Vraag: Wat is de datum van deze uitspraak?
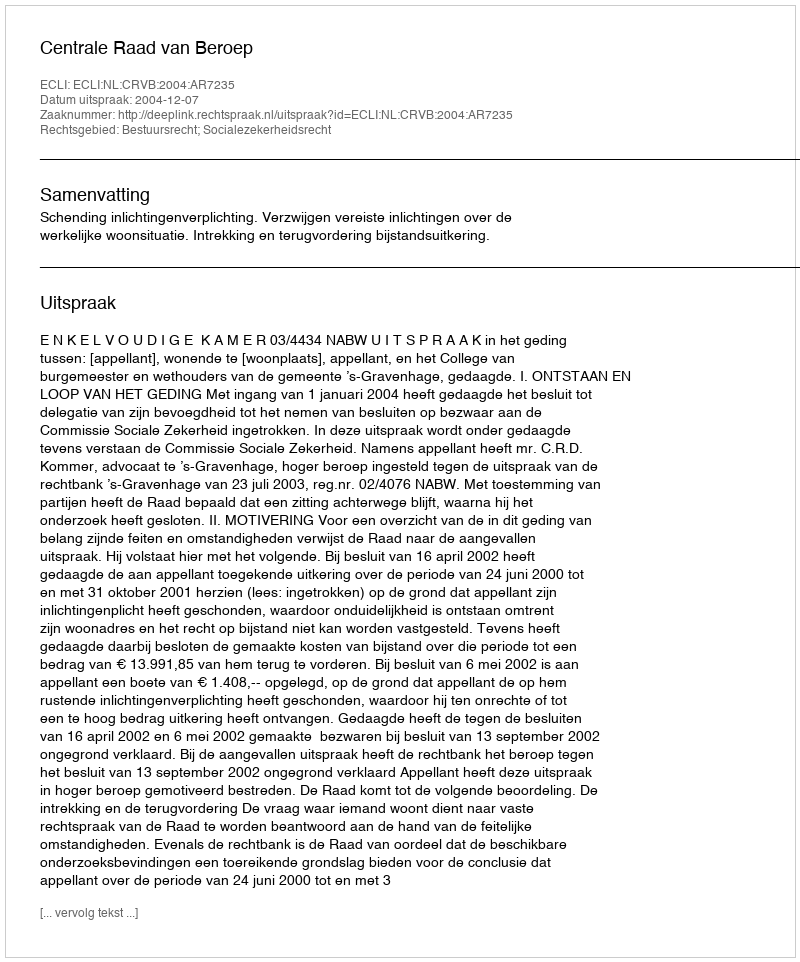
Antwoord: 2004-12-07